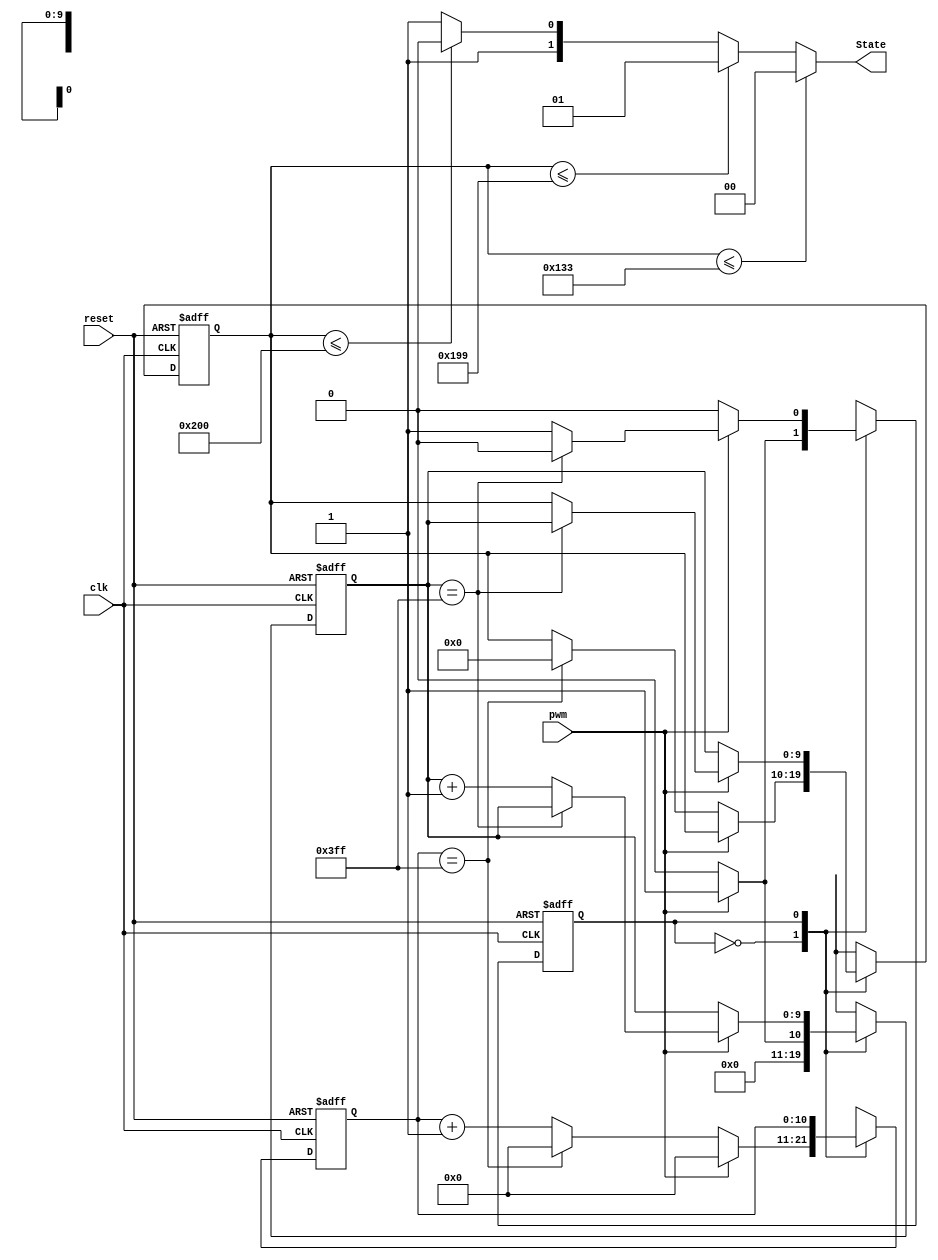


module State_read(
input reset,
input clk,
input pwm,
output[1:0] State

    );
    reg [9:0] Current_counter;
    reg [9:0] Next_counter;
  //  reg [9:0] counter;
      reg [9:0] Current_P;
      reg [9:0] Next_P;
 //      reg [9:0] P;
    reg Current_state;
    reg  Next_state;
    parameter Wait_read = 1'b0;
    parameter Read = 1'b1;
     // reg Set_p;
	reg[10:0] Current_zero_dec;
     reg[10:0] Next_zero_dec;
      
      
      reg [1:0] State_R;
/*      
always@(posedge clk ) begin     
             if(pwm == 1) begin
                     zero_dec <= 0; 
             end                                                                                                                                                                                                                                                                                                                  
             else if(zero_dec == 1024) begin
                      zero_dec <= 0; 
                      if(counter == 0)begin 
        /////////   ///////        //   P <= 0;
                      end
                      end
                      else begin
                       zero_dec <= zero_dec + 1; 
                  end
                  end
     */ 
        
		
     always@(posedge clk or posedge reset)begin
        if(reset) begin
           Current_counter<= 10'd0;
            Current_P <= 10'd0;
            Current_state <= Wait_read;
            Current_zero_dec <= 0; 
          end
        else begin
         //   counter<= Next_counter;
            Current_P <= Next_P;
               Current_state <= Next_state;  
               Current_zero_dec <= Next_zero_dec ;
               Current_counter<= Next_counter; 
        end
        end
		
		
         always@ * begin
           Next_P =  Current_P;
           Next_state =  Current_state;  
           Next_zero_dec =  Current_zero_dec ;
           Next_counter =  Current_counter; 
         case(Current_state)
            Wait_read: begin
                Next_counter = 0; 
                if(pwm == 1) begin
                Next_state = Read;
                Next_counter = 1; 
			    Next_zero_dec = 0;
            end
            else if (Current_zero_dec == 1023) begin
                Next_zero_dec = 0;
                Next_state = Wait_read;
                Next_P = 0;
            end    
      /*      else if (Next_zero_dec == 0) begin
                Next_zero_dec = 1;
                Next_state = Wait_read;
                
            end    */
            else begin
                Next_state = Wait_read;
                Next_zero_dec = Current_zero_dec + 11'd1; 
            end    
        end
             
            Read: begin
                 if(pwm == 0) begin            
                 Next_state = Wait_read;
           //      Set_p = 1;
                 Next_P = Current_counter;
                 
              end
                else if (Current_counter == 1023) begin
                Next_state = Wait_read;
                 Next_P = Current_counter;
                end
              
                 else begin
                 Next_state = Read;
                 Next_counter = Current_counter + 10'd1;
              end
           end      
             
        endcase
        
     end   
        
      always@ * begin     
	// always@(Current_P) begin     // 0-307:state 00Braking
            if(Current_P <= 307 ) begin
                State_R = 2'b00;
            end
            else if(Current_P <= 409 ) begin  // 308-409:state 01 short
                State_R = 2'b01;
            end
            else if(Current_P <= 512 ) begin  // 409-512:state 10 open
               State_R = 2'b10;
            end
            else begin        // 512 - 1023  max drive
                State_R = 2'b11; 
            end
        end
      
      
      assign State  = State_R;  
        
  //  assign Position = Set_p ? Position : P;
    
  
endmodule